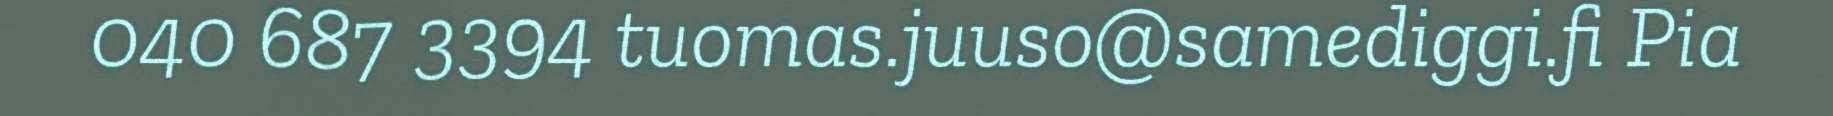
040 687 3394 tuomas.juuso@samediggi.fi Pia